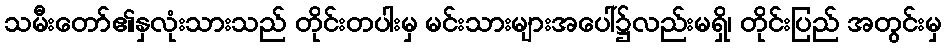
သမီးတော်၏နှလုံးသားသည် တိုင်းတပါးမှ မင်းသားများအပေါ်၌လည်းမရှိ၊ တိုင်းပြည် အတွင်းမှ